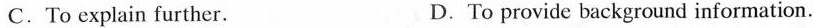
C.To explain further. D.To provide background information.